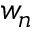
w _ { n }